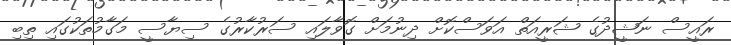
ރައީސް ނަޝީދުގެ ޝަރީއަތް އަވަސްކޮށް ދިނުމަށް ގޮވާލައި ސަރުކާރުގެ ސިޔާސީ މަގާމުތަކުގައި ތިބި